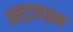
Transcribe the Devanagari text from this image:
अल्ट्राजाइम